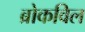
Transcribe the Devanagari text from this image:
ब्रोकविल